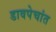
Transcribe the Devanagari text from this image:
डावपेचांत